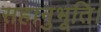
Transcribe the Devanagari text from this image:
सहानुभूति।